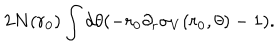
LaTeX: 2 N ( r _ { 0 } ) \int d \theta ( - r _ { 0 } \partial _ { r } \sigma _ { V } ( r _ { 0 } , \theta ) - 1 ) .